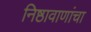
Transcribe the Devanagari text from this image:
निष्ठावाणांचा